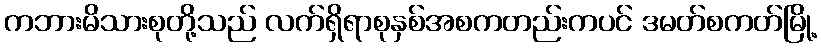
ကဘားမိသားစုတို့သည် လက်ရှိရာစုနှစ်အစကတည်းကပင် ဒမတ်စကတ်မြို့